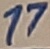
Text: 17